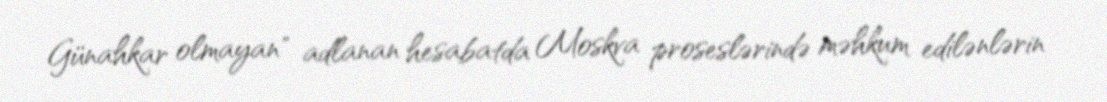
Günahkar olmayan" adlanan hesabatda Moskva proseslərində məhkum edilənlərin